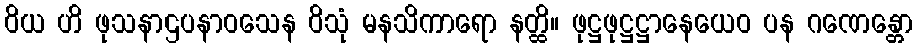
ဝိယ ဟိ ဖုသနာဌပနာဝသေန ဝိသုံ မနသိကာရော နတ္ထိ။ ဖုဋ္ဌဖုဋ္ဌဋ္ဌာနေယေဝ ပန ဂဏေန္တော